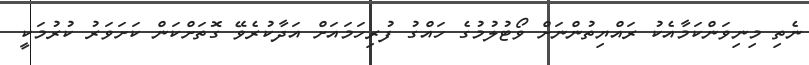
ނެތި މިނިވަންކަމާއެކު ރައްޔިތުންނަށް ވޯޓުލުމުގެ ހައްގު ފުރިހަމައަށް އަދާކުރެވޭ ގޮތަށްކަން ކަށަވަރު ކުރުމަކީ